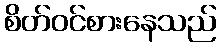
စိတ်ဝင်စားနေသည်